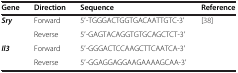
<table><thead><tr><td><b>Gene</b></td><td><b>Direction</b></td><td><b>Sequence</b></td><td><b>Reference</b></td></tr></thead><tbody><tr><td rowspan="2"><b><i>Sry</i></b></td><td>Forward</td><td>5′-TGGGACTGGTGACAATTGTC-3′</td><td rowspan="4">[38]</td></tr><tr><td>Reverse</td><td>5′-GAGTACAGGTGTGCAGCTCT-3′</td></tr><tr><td rowspan="2"><b><i>Il3</i></b></td><td>Forward</td><td>5′-GGGACTCCAAGCTTCAATCA-3′</td></tr><tr><td>Reverse</td><td>5′-GGAGGAGGAAGAAAAGCAA-3′</td></tr></tbody></table>